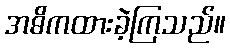
အဓိကထားခဲ့ကြသည်။